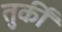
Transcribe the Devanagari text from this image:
तुर्कीं